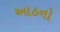
આઠનો